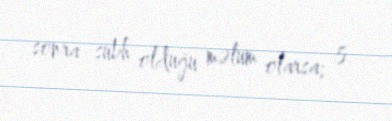
sonra sübh olduğu məlum olarsa; 5.